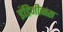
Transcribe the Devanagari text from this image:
इंडिजीनस